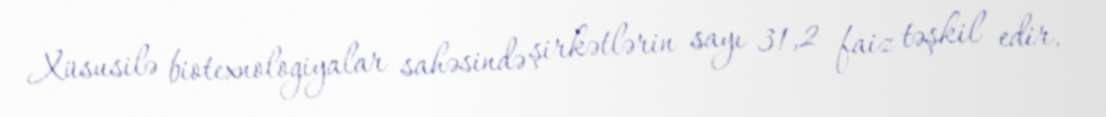
Xüsusilə biotexnologiyalar sahəsində şirkətlərin sayı 31,2 faiz təşkil edir,